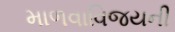
માળવાવિજયની